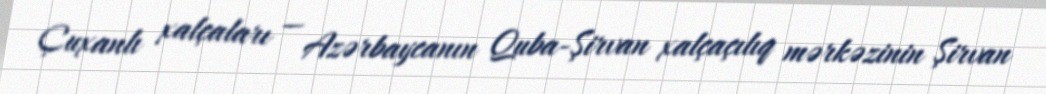
Çuxanlı xalçaları — Azərbaycanın Quba-Şirvan xalçaçılıq mərkəzinin Şirvan